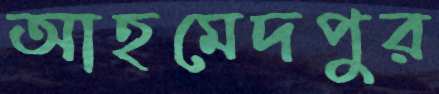
আহমেদপুর